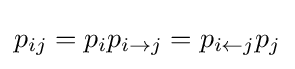
p_{ij}=p_{i}p_{i\rightarrow j}=p_{i\leftarrow j}p_{j}